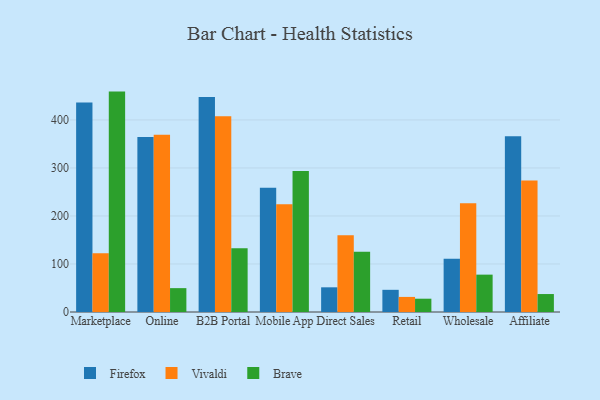
{"axis": {"x": "Channel", "y": "Headcount"}, "legend": ["Brave", "Firefox", "Vivaldi"], "data": [{"x": "Marketplace", "y": 436.4, "type": "Firefox"}, {"x": "Marketplace", "y": 122.2, "type": "Vivaldi"}, {"x": "Marketplace", "y": 459.0, "type": "Brave"}, {"x": "Online", "y": 364.4, "type": "Firefox"}, {"x": "Online", "y": 369.3, "type": "Vivaldi"}, {"x": "Online", "y": 49.7, "type": "Brave"}, {"x": "B2B Portal", "y": 447.9, "type": "Firefox"}, {"x": "B2B Portal", "y": 407.9, "type": "Vivaldi"}, {"x": "B2B Portal", "y": 133.0, "type": "Brave"}, {"x": "Mobile App", "y": 258.9, "type": "Firefox"}, {"x": "Mobile App", "y": 224.6, "type": "Vivaldi"}, {"x": "Mobile App", "y": 293.4, "type": "Brave"}, {"x": "Direct Sales", "y": 51.4, "type": "Firefox"}, {"x": "Direct Sales", "y": 160.0, "type": "Vivaldi"}, {"x": "Direct Sales", "y": 125.4, "type": "Brave"}, {"x": "Retail", "y": 46.2, "type": "Firefox"}, {"x": "Retail", "y": 31.4, "type": "Vivaldi"}, {"x": "Retail", "y": 27.7, "type": "Brave"}, {"x": "Wholesale", "y": 111.1, "type": "Firefox"}, {"x": "Wholesale", "y": 226.5, "type": "Vivaldi"}, {"x": "Wholesale", "y": 77.8, "type": "Brave"}, {"x": "Affiliate", "y": 366.2, "type": "Firefox"}, {"x": "Affiliate", "y": 274.0, "type": "Vivaldi"}, {"x": "Affiliate", "y": 37.4, "type": "Brave"}]}